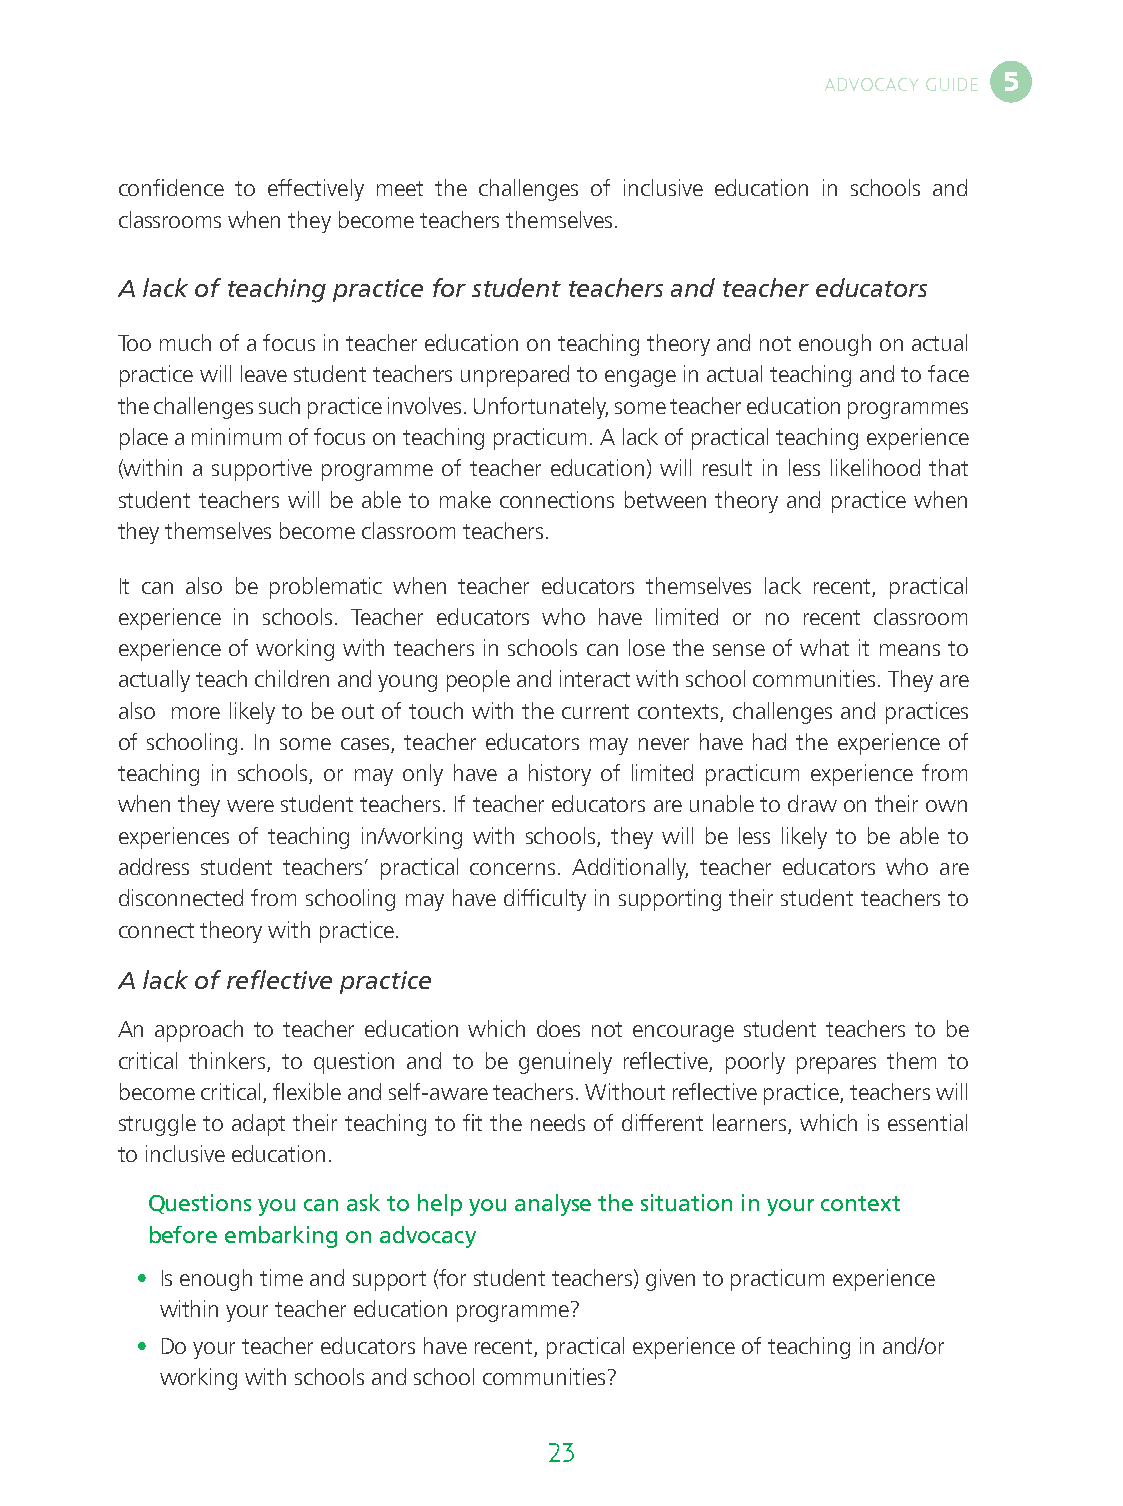
5
 ADVOCACY GUIDE
 confidence to effectively meet the challenges of inclusive education in schools and
 classrooms when they become teachers themselves.
 A lack of teaching practice for student teachers and teacher educators
 Too much of a focus in teacher education on teaching theory and not enough on actual
 practice will leave student teachers unprepared to engage in actual teaching and to face
 the challenges such practice involves. Unfortunately, some teacher education programmes
 place a minimum of focus on teaching practicum. A lack of practical teaching experience
 (within a supportive programme of teacher education) will result in less likelihood that
 student teachers will be able to make connections between theory and practice when
 they themselves become classroom teachers.
 It can also be problematic when teacher educators themselves lack recent, practical
 experience in schools. Teacher educators who have limited or no recent classroom
 experience of working with teachers in schools can lose the sense of what it means to
 actually teach children and young people and interact with school communities. They are
 also more likely to be out of touch with the current contexts, challenges and practices
 of schooling. In some cases, teacher educators may never have had the experience of
 teaching in schools, or may only have a history of limited practicum experience from
 when they were student teachers. If teacher educators are unable to draw on their own
 experiences of teaching in/working with schools, they will be less likely to be able to
 address student teachers’ practical concerns. Additionally, teacher educators who are
 disconnected from schooling may have difficulty in supporting their student teachers to
 connect theory with practice.
 A lack of reflective practice
 An approach to teacher education which does not encourage student teachers to be
 critical thinkers, to question and to be genuinely reflective, poorly prepares them to
 become critical, flexible and self-aware teachers. Without reflective practice, teachers will
 struggle to adapt their teaching to fit the needs of different learners, which is essential
 to inclusive education.
 Questions you can ask to help you analyse the situation in your context
 before embarking on advocacy
 • I s enough time and support (for student teachers) given to practicum experience
 within your teacher education programme?
 • D o your teacher educators have recent, practical experience of teaching in and/or
 working with schools and school communities?
 22                                  23